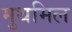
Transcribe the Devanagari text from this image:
मुथमिल